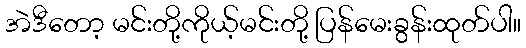
အဲဒီတော့ မင်းတို့ကိုယ့်မင်းတို့ ပြန်မေးခွန်းထုတ်ပါ။